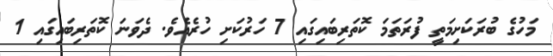
މަހުގެ ބުރަކަށިމަތީ ފުރަތަމަ ކޮތަރިބައިގައި 7 ހަރުކަށި ހުރެއެވެ. ދެވަނަ ކޮތަރިބައިގައި 1